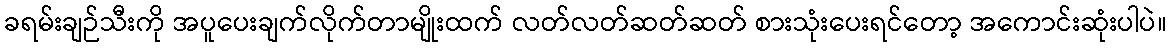
ခရမ်းချဉ်သီးကို အပူပေးချက်လိုက်တာမျိုးထက် လတ်လတ်ဆတ်ဆတ် စားသုံးပေးရင်တော့ အကောင်းဆုံးပါပဲ။